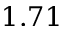
1 . 7 1